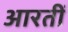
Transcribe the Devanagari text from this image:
आरतीं